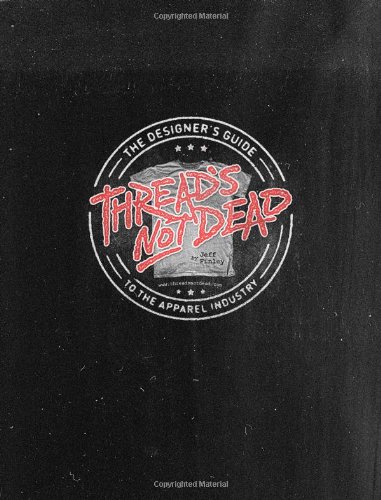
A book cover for Thread's Not Dead: The Designer's Guide to the Apparel Industry; Jeff Finley; Arts & Photography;